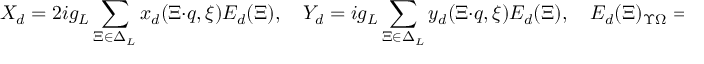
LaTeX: X _ { d } = 2 i g _ { L } \sum _ { \Xi \in \Delta _ { L } } x _ { d } ( \Xi \cdot q , \xi ) E _ { d } ( \Xi ) , \quad Y _ { d } = i g _ { L } \sum _ { \Xi \in \Delta _ { L } } y _ { d } ( \Xi \cdot q , \xi ) E _ { d } ( \Xi ) , \quad E _ { d } ( \Xi ) _ { \Upsilon \Omega } = \delta _ { \Upsilon - \Omega , 2 \Xi } ,